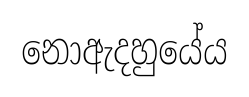
නොඇදහුයේය